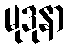
မုဒုနာ